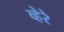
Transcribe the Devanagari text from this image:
व्हेरे